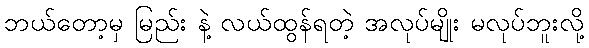
ဘယ်တော့မှ မြည်း နဲ့ လယ်ထွန်ရတဲ့ အလုပ်မျိုး မလုပ်ဘူးလို့